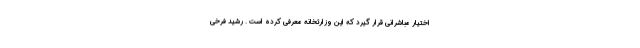
اختیار مباشرانی قرار گیرد که این وزارتخانه معرفی کرده است . رشید فرخی